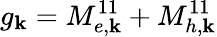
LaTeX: g_{\mathbf{k}}=M_{e,\mathbf{k}}^{11}+M_{h,\mathbf{k}}^{11}